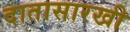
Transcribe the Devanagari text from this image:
दातासारखी